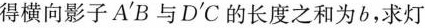
得横向影子A'B与D'C的长度之和为b，求灯